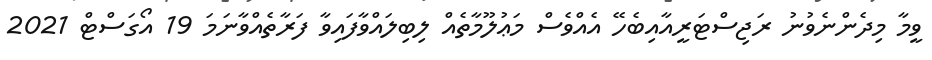
ވީމާ މިދެންނެވުނު ރަޖިސްޓަރީއާއިބެހޭ އެއްވެސް މަޢުލޫމާތެއް ލިބިލައްވާފައިވާ ފަރާތެއްވާނަމަ 19 އޯގަސްޓް 2021